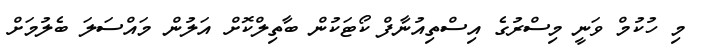
މި ހުކުމް ވަނީ މިސްރުގެ އިސްތިއުނާފް ކޯޓަކުން ބާތިލްކޮށް އަލުން މައްސަލަ ބެލުމަށް